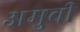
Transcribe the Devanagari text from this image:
अमुची